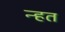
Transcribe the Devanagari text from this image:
न्हत